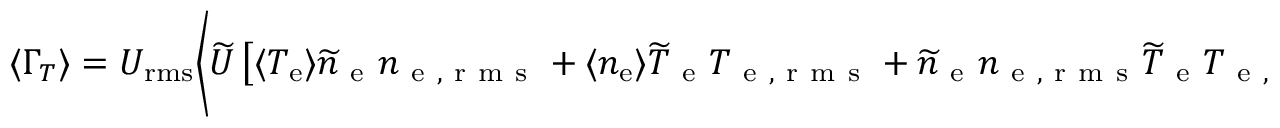
\ensuremath { \langle \Gamma _ { T } \rangle } = U _ { \mathrm { r m s } } \biggl \langle \widetilde { U } \left[ \langle { \ensuremath { T _ { \mathrm { e } } } } \rangle \widetilde { n } _ { \mathrm { ~ e ~ } } n _ { \mathrm { ~ e ~ , ~ r ~ m ~ s ~ } } + \langle { \ensuremath { n _ { \mathrm { e } } } } \rangle \widetilde { T } _ { \mathrm { ~ e ~ } } T _ { \mathrm { ~ e ~ , ~ r ~ m ~ s ~ } } + \widetilde { n } _ { \mathrm { ~ e ~ } } n _ { \mathrm { ~ e ~ , ~ r ~ m ~ s ~ } } \widetilde { T } _ { \mathrm { ~ e ~ } } T _ { \mathrm { ~ e ~ , ~ r ~ m ~ s ~ } } \right] \biggr \rangle .